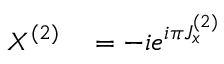
\begin{array} { r l } { X ^ { ( 2 ) } } & { { } = - i e ^ { i \pi J _ { x } ^ { ( 2 ) } } } \end{array}